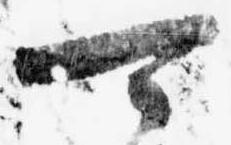
可